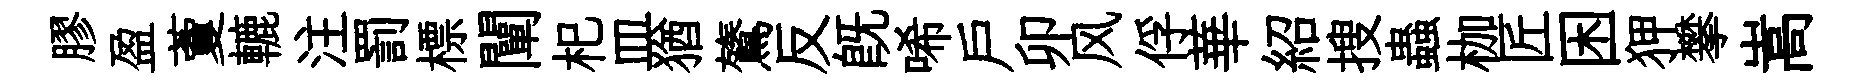
膠盈藑轆注罰標闡𣏌皿猶鷟反既唏戸卯风俘華紹搜蟲枷匠困狎攀嵩